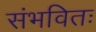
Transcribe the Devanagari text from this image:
संभवितः